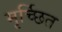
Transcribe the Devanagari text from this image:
मृर्च्छित